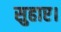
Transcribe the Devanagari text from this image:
सुहाए।